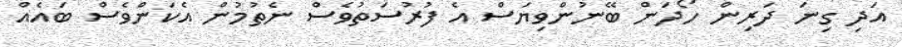
އަދި ގިނަ ދަރިން ހޯދަން ބޭނުންވިޔަސް އެ ފުރުސަތުވެސް ނެތުމުން އެކަންވެސް ބައެއް